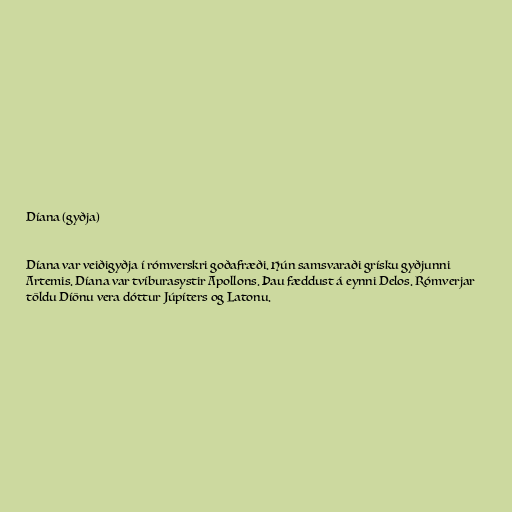
Díana (gyðja)

Díana var veiðigyðja í rómverskri goðafræði. Hún samsvaraði grísku gyðjunni
Artemis. Díana var tvíburasystir Apollons. Þau fæddust á eynni Delos. Rómverjar
töldu Díönu vera dóttur Júpíters og Latonu.